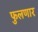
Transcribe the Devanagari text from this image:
फुलणार